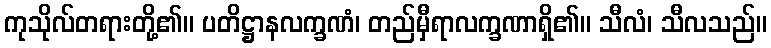
ကုသိုလ်တရားတို့၏။ ပတိဋ္ဌာနလက္ခဏံ၊ တည်မှီရာလက္ခဏာရှိ၏။ သီလံ၊ သီလသည်။